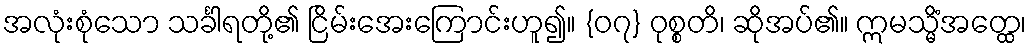
အလုံးစုံသော သင်္ခါရတို့၏ ငြိမ်းအေးကြောင်းဟူ၍။ {၀၇} ဝုစ္စတိ၊ ဆိုအပ်၏။ ဣမသ္မိံအတ္ထေ၊